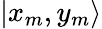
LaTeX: |x_{m},y_{m}\rangle